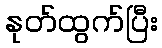
နုတ်ထွက်ပြီး